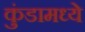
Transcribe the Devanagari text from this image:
कुंडामध्ये